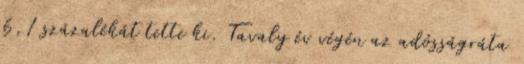
6,1 százalékát tette ki. Tavaly év végén az adósságráta